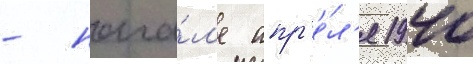
- нача́л'е апр'е́л'я 1940